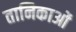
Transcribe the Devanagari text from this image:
तानिकाओं